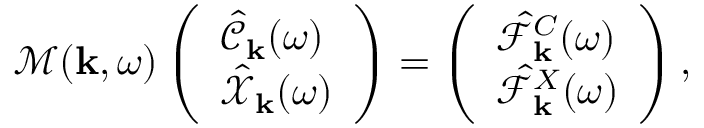
\mathcal { M } ( { \bf k } , \omega ) \left( \begin{array} { l } { \hat { \mathcal { C } } _ { \bf k } ( \omega ) } \\ { \hat { \mathcal { X } } _ { \bf k } ( \omega ) } \end{array} \right) = \left( \begin{array} { l } { \hat { \mathcal { F } } _ { { \bf k } } ^ { C } ( \omega ) } \\ { \hat { \mathcal { F } } _ { { \bf k } } ^ { X } ( \omega ) } \end{array} \right) ,